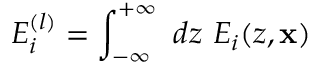
E _ { i } ^ { ( l ) } = \int _ { - \infty } ^ { + \infty } ~ d z ~ E _ { i } ( z , { \bf x } )